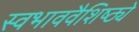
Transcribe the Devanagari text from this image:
स्वभाववैशिष्ठ्ये